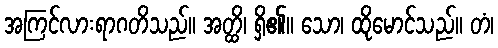
အကြင်လားရာဂတိသည်။ အတ္ထိ၊ ရှိ၏။ သော၊ ထိုမောင်သည်။ တံ၊